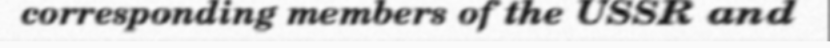
corresponding members of the USSR and